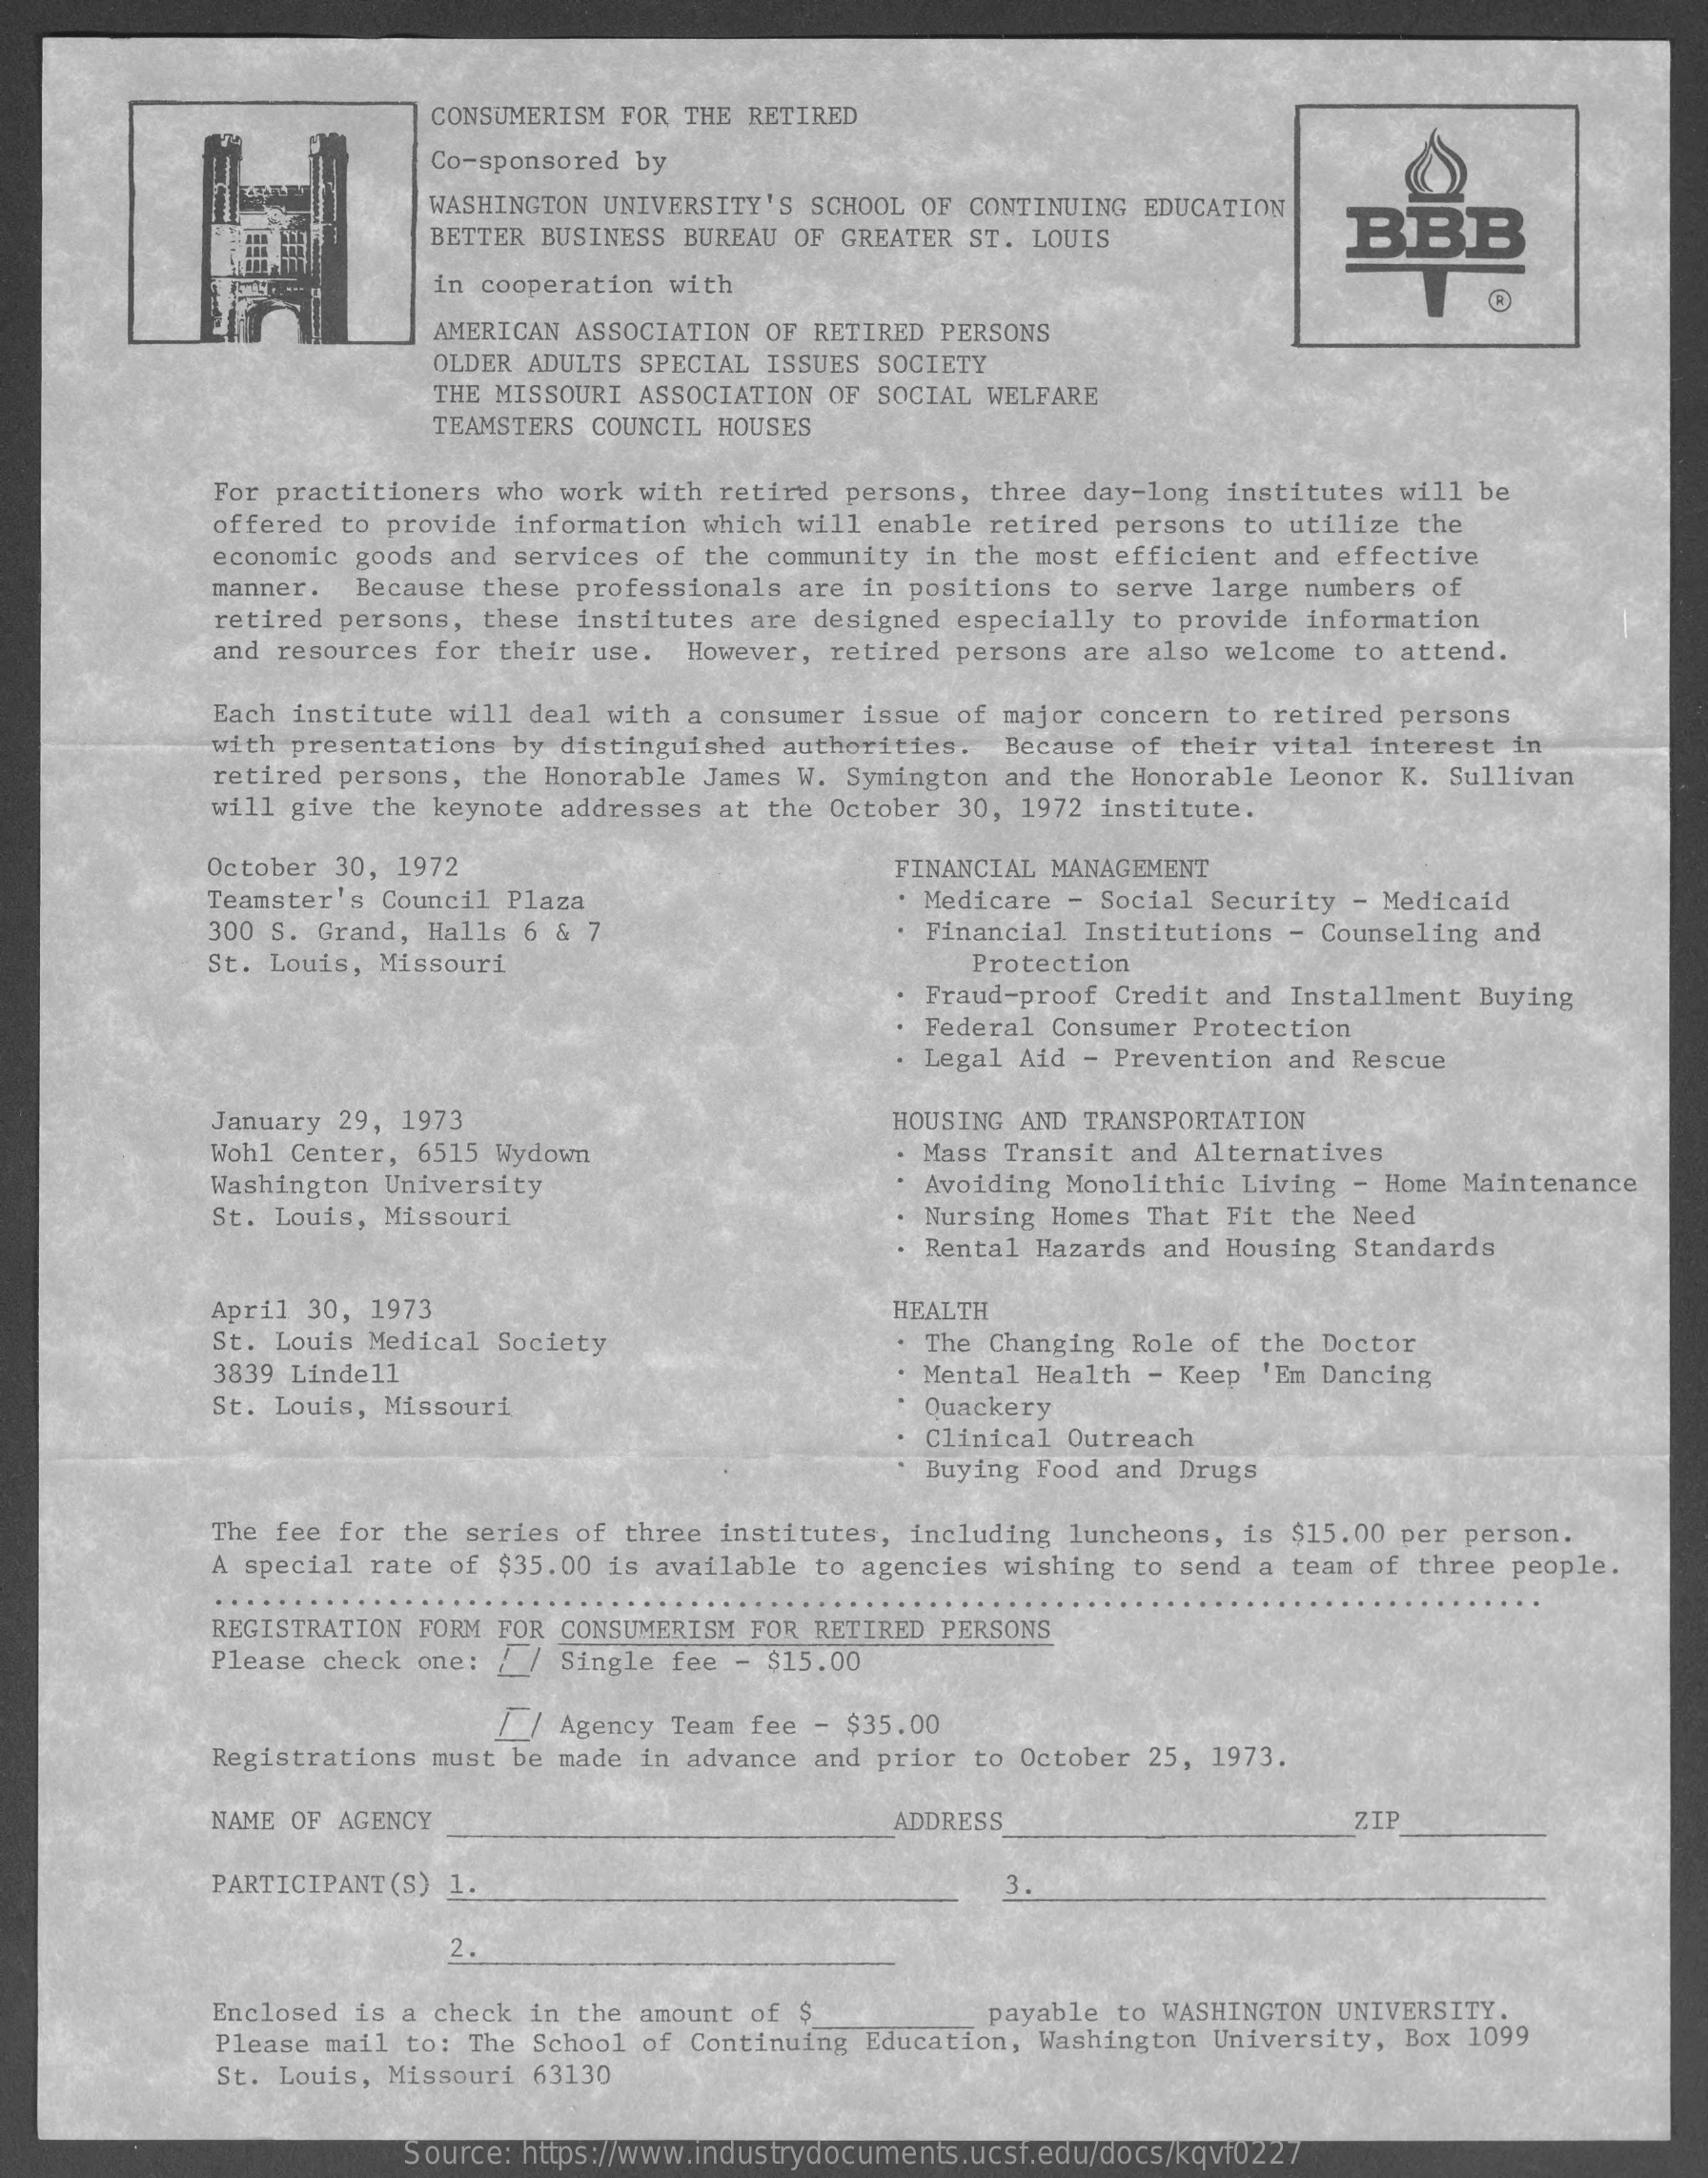
CONSUMERISM FOR THE RETIRED
     Co-sponsored by
     WASHINGTON UNIVERSITY'S SCHOOL OF CONTINUING EDUCATION
     BETTER BUSINESS BUREAU OF GREATER ST. LOUIS    BBB
     in cooperation with
     AMERICAN ASSOCIATION OF RETIRED PERSONS
     OLDER ADULTS SPECIAL ISSUES SOCIETY
     THE MISSOURI ASSOCIATION OF SOCIAL WELFARE
     TEAMSTERS COUNCIL HOUSES
     For practitioners who work with retired persons, three day-long institutes will be
     offered to provide information which will enable retired persons to utilize the
     economic goods and services of the community in the most efficient and effective
     Because these professionals are in positions to serve large numbers of
     retired persons, these institutes are designed especially to provide information
     manner.
     and resources for their use. However, retired persons are also welcome to attend.
     Each institute will deal with a consumer issue of major concern to retired persons
     with presentations by distinguished authorities. Because of their vital interest in
     retired persons, the Honorable James W. Symington and the Honorable Leonor K. Sullivan
     will give the keynote addresses at the October 30, 1972 institute.
     October 30, 1972    FINANCIAL MANAGEMENT
     Teamster's Council Plaza    · Medicare - Social Security - Medicaid
     300 S. Grand, Halls 6 & 7    · Financial Institutions - Counseling and
     St. Louis, Missouri    Protection
     Fraud-proof Credit and Installment Buying
     Federal Consumer Protection
     · Legal Aid - Prevention and Rescue
     January 29, 1973    HOUSING AND TRANSPORTATION
     Wohl Center, 6515 Wydown    · Mass Transit and Alternatives
     Washington University    Avoiding Monolithic Living - Home Maintenance
     St. Louis, Missouri    Nursing Homes That Fit the Need
     Rental Hazards and Housing Standards
     April 30, 1973    HEALTH
     St. Louis Medical Society    . The Changing Role of the Doctor
     3839 Linde11    · Mental Health - Keep 'Em Dancing
     St. Louis, Missouri    Quackery
     Clinical Outreach
     Buying Food and Drugs
     The fee for the series of three institutes, including luncheons, is $15.00 per person.
     A special rate of $35.00 is available to agencies wishing to send a team of three people.
     REGISTRATION FORM FOR CONSUMERISM FOR RETIRED PERSONS
     Please check one:  Single fee - $15.00
     / / Agency Team fee - $35.00
     Registrations must be made in advance and prior to October 25, 1973.
     NAME OF AGENCY    ADDRESS    ZIP
     PARTICIPANT(S) 1.    3.
     2.
     Enclosed is a check in the amount of $    payable to WASHINGTON UNIVERSITY.
     Please mail to: The School of Continuing Education, Washington University, Box 1099
     St. Louis, Missouri 63130
     Source: https://www.industrydocuments.ucsf.edu/docs/kqvf0227